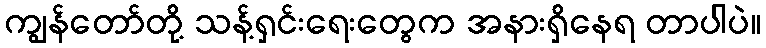
ကျွန်တော်တို့ သန့်ရှင်းရေးတွေက အနားရှိနေရ တာပါပဲ။